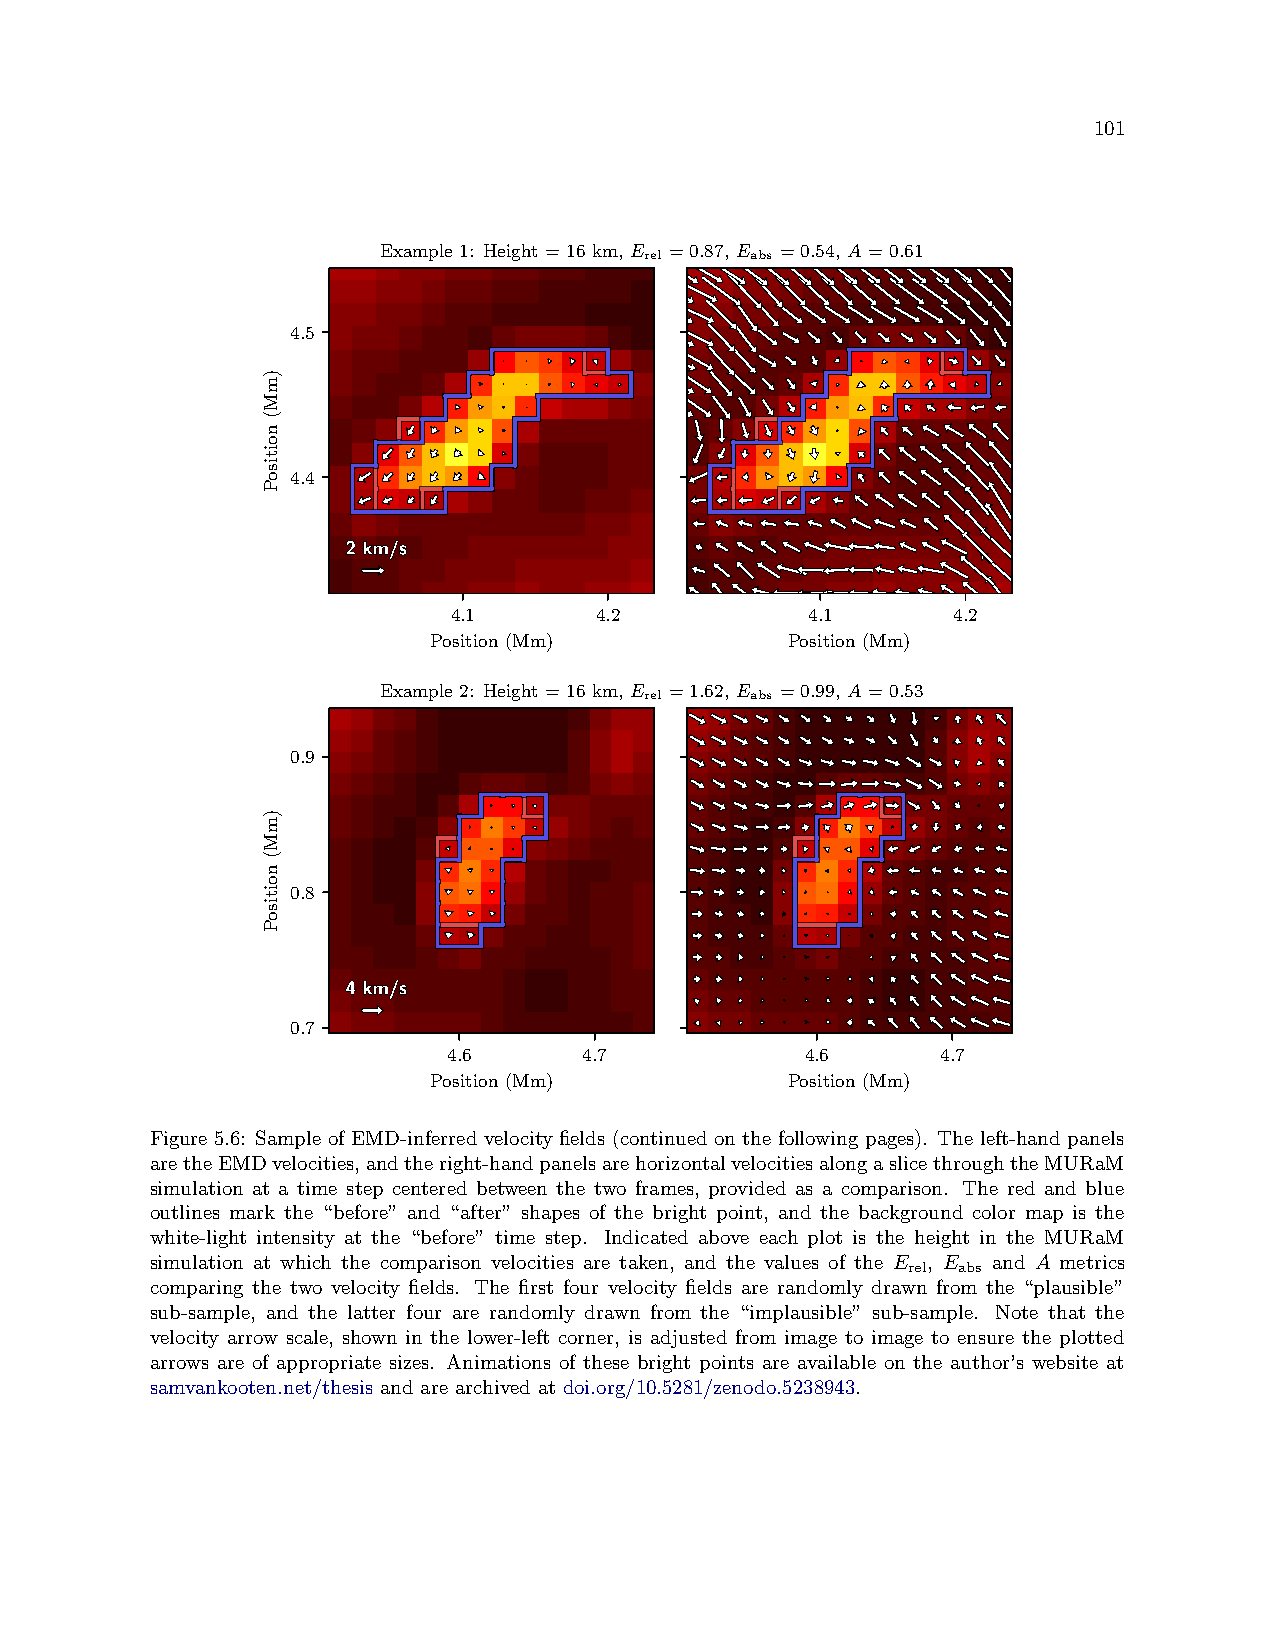
101
 Example 1: Height = 16 km, E = 0.87, E = 0.54, A = 0.61
 rel    abs
 4.5
 4.4
 4.1      4.2           4.1       4.2
 Position (Mm)           Position (Mm)
 Example 2: Height = 16 km, E = 1.62, E = 0.99, A = 0.53
 rel    abs
 0.9
 0.8
 0.7
 4.6      4.7           4.6      4.7
 Position (Mm)           Position (Mm)
 Figure 5.6: Sample of EMD-inferred velocity fields (continued on the following pages). The left-hand panels
 aretheEMDvelocities,andtheright-handpanelsarehorizontalvelocitiesalongaslicethroughtheMURaM
 simulation at a time step centered between the two frames, provided as a comparison. The red and blue
 outlines mark the “before” and “after” shapes of the bright point, and the background color map is the
 white-light intensity at the “before” time step. Indicated above each plot is the height in the MURaM
 simulation at which the comparison velocities are taken, and the values of the E , E and A metrics
 rel abs
 comparing the two velocity fields. The first four velocity fields are randomly drawn from the “plausible”
 sub-sample, and the latter four are randomly drawn from the “implausible” sub-sample. Note that the
 velocity arrow scale, shown in the lower-left corner, is adjusted from image to image to ensure the plotted
 arrows are of appropriate sizes. Animations of these bright points are available on the author’s website at
 samvankooten.net/thesis and are archived at doi.org/10.5281/zenodo.5238943.
 )mM(
 noitisoP
 )mM(
 noitisoP